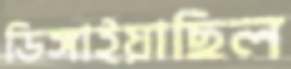
ডিঙ্গাইয়াছিল